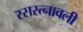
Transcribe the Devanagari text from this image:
रसरत्नावली